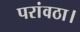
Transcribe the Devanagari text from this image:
परांवठा।